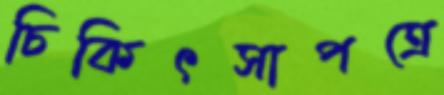
চিকিৎসাপত্রে